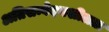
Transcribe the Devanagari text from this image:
अतिसम्वेदनशीलता